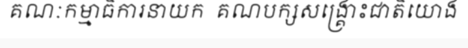
គណៈកម្មាធិការនាយក  គណបក្សសង្គ្រោះជាតិយោង